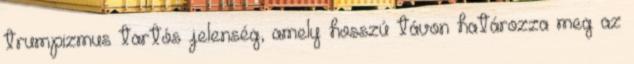
trumpizmus tartós jelenség, amely hosszú távon határozza meg az